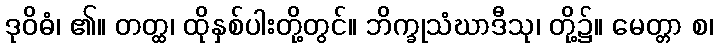
ဒုဝိဓံ၊ ၏။ တတ္ထ၊ ထိုနှစ်ပါးတို့တွင်။ ဘိက္ခုသံဃာဒီသု၊ တို့၌။ မေတ္တာ စ၊